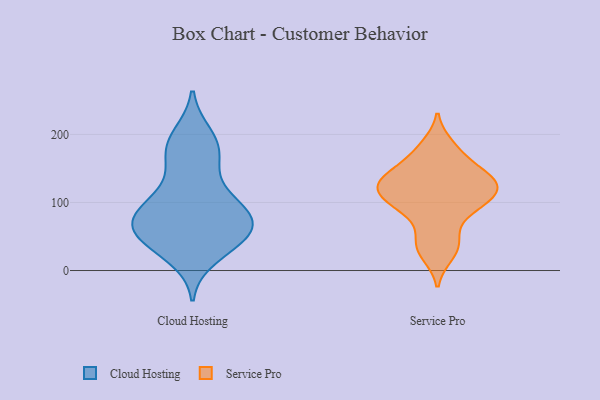
{"axis": {"x": "Shipments", "y": "Value"}, "legend": ["Cloud Hosting", "Service Pro"], "data": [{"x": "", "y": 80, "type": "Cloud Hosting"}, {"x": "", "y": 198, "type": "Cloud Hosting"}, {"x": "", "y": 167, "type": "Cloud Hosting"}, {"x": "", "y": 82, "type": "Cloud Hosting"}, {"x": "", "y": 21, "type": "Cloud Hosting"}, {"x": "", "y": 191, "type": "Cloud Hosting"}, {"x": "", "y": 179, "type": "Cloud Hosting"}, {"x": "", "y": 99, "type": "Cloud Hosting"}, {"x": "", "y": 107, "type": "Cloud Hosting"}, {"x": "", "y": 51, "type": "Cloud Hosting"}, {"x": "", "y": 70, "type": "Cloud Hosting"}, {"x": "", "y": 72, "type": "Cloud Hosting"}, {"x": "", "y": 39, "type": "Cloud Hosting"}, {"x": "", "y": 43, "type": "Cloud Hosting"}, {"x": "", "y": 66, "type": "Cloud Hosting"}, {"x": "", "y": 47, "type": "Cloud Hosting"}, {"x": "", "y": 109, "type": "Cloud Hosting"}, {"x": "", "y": 68, "type": "Cloud Hosting"}, {"x": "", "y": 157, "type": "Cloud Hosting"}, {"x": "", "y": 48, "type": "Service Pro"}, {"x": "", "y": 184, "type": "Service Pro"}, {"x": "", "y": 139, "type": "Service Pro"}, {"x": "", "y": 84, "type": "Service Pro"}, {"x": "", "y": 93, "type": "Service Pro"}, {"x": "", "y": 36, "type": "Service Pro"}, {"x": "", "y": 118, "type": "Service Pro"}, {"x": "", "y": 172, "type": "Service Pro"}, {"x": "", "y": 128, "type": "Service Pro"}, {"x": "", "y": 125, "type": "Service Pro"}, {"x": "", "y": 119, "type": "Service Pro"}, {"x": "", "y": 147, "type": "Service Pro"}, {"x": "", "y": 102, "type": "Service Pro"}, {"x": "", "y": 106, "type": "Service Pro"}, {"x": "", "y": 23, "type": "Service Pro"}, {"x": "", "y": 141, "type": "Service Pro"}]}